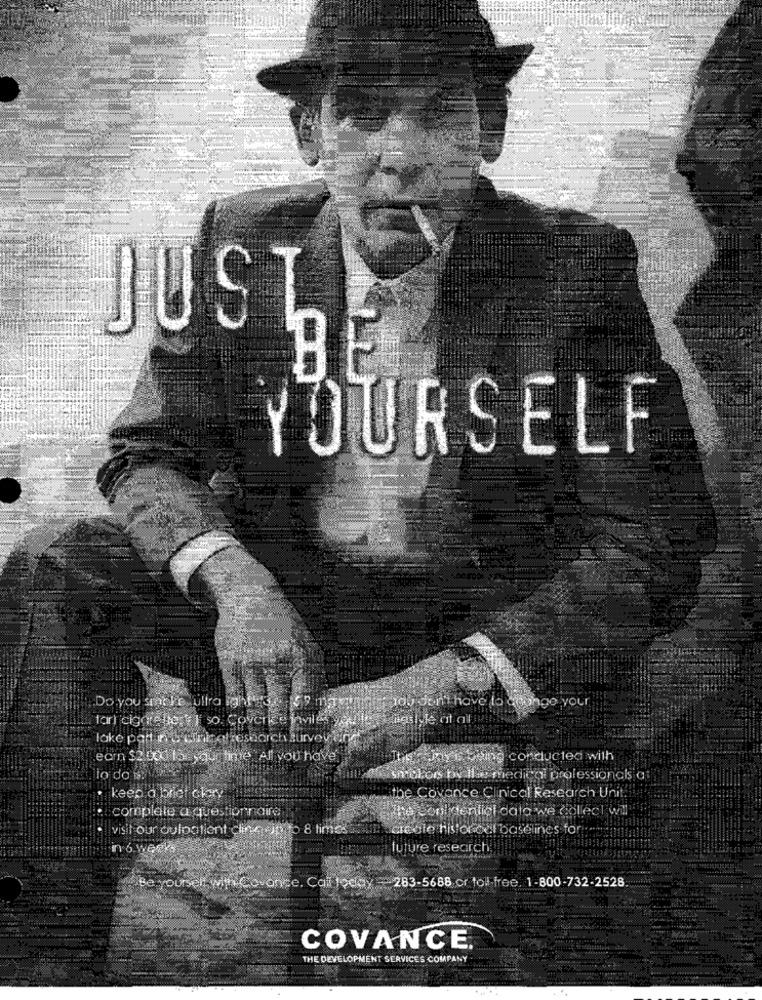
JUSTE
BE
YOURSELF
Do you smoke ultra ight
rob don't have to deunge your
tar) cigarette } | so. Coverice invilas
lake part ne tingal research survey er
earn $2 000 los our time All you have
This ny is being conducted with
lo do s:
'smotors by the medical professionals a
keep.d briet chay
the Covance Clinical Research Unit.
complète a questionnaire
The continenticl data we collect will'
visit our oulpatient cling -ip to 8 times
create hisloroel baselines for
nn6 weeks
future research
Be yourself with Covonce. Call today = 283-5668 or toll free, 1-800-732-2528
COVANCE.
THE DEVELOPMENT SERVICES COMPANY